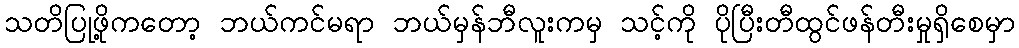
သတိပြုဖို့ကတော့ ဘယ်ကင်မရာ ဘယ်မှန်ဘီလူးကမှ သင့်ကို ပိုပြီးတီထွင်ဖန်တီးမှုရှိစေမှာ